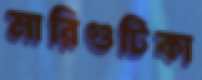
মারিগুটিকা